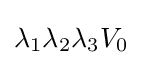
\lambda _{1}\lambda _{2}\lambda _{3}V_{0}